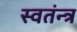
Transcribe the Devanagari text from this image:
स्वतंन्त्र